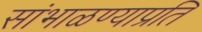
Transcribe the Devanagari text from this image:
सांभाळण्याप्रति